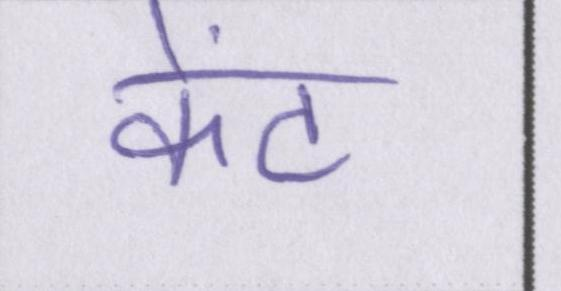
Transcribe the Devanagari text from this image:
केंट